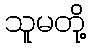
သူမတို့